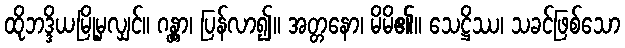
ထိုဘဒ္ဒိယမြို့မှလျှင်။ ဂန္တွာ၊ ပြန်လာ၍။ အတ္တနော၊ မိမိ၏။ သေဋ္ဌိဿ၊ သခင်ဖြစ်သော